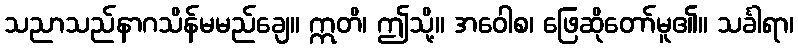
သညာသည်နာဂသိန်မမည်ချေ။ ဣတိ၊ ဤသို့။ အဝေါစ၊ ဖြေဆိုတော်မူ၏။ သင်္ခါရာ၊